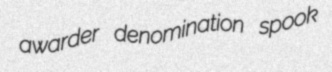
awarder denomination spook